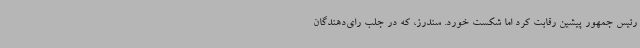
رئیس جمهور پیشین رقابت کرد اما شکست خورد. سندرز، که در جلب رای‌دهندگان